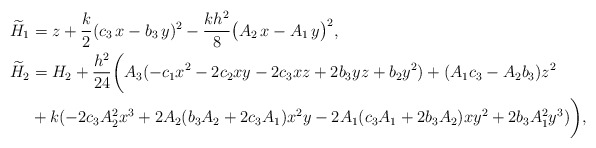
\begin{align*} \widetilde{H}_1 &= z + \frac{k}2(c_3\,x-b_3\, y)^2 - \frac{k h^2}{8}\big( A_2\,x - A_1\,y \big)^2, \\ \widetilde{H}_2 &= H_2 + \frac{h^2}{24}\bigg(A_3(-c_1 x^2-2c_2xy-2c_3xz+2b_3yz+b_2y^2)+(A_1c_3-A_2b_3)z^2\\ & +k(-2c_3A_2^2 x^3+2A_2(b_3A_2+2c_3A_1)x^2 y -2A_1(c_3A_1+2b_3A_2)xy^2+2b_3A_1^2 y^3)\bigg), \end{align*}